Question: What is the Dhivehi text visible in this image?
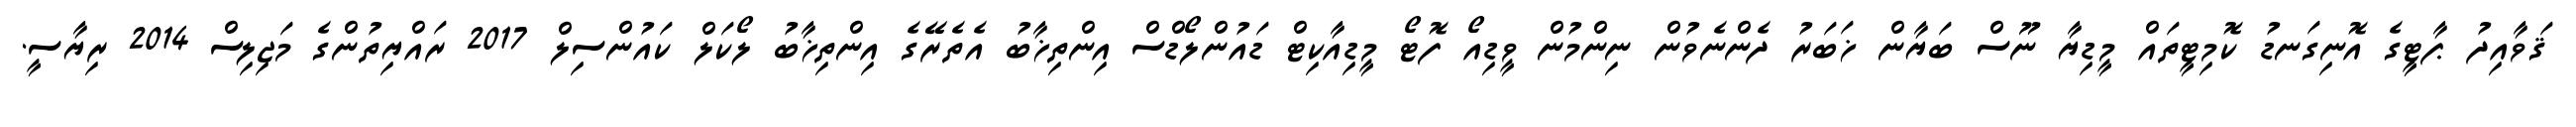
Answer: ޤަވާއިދު ޕާޓީގެ އޮނިގަނޑު ކޮމިޓީތައް މީޑިޔާ ނޫސް ބަޔާން ޚަބަރު ދެންނެވުން ނިންމުން ވީޑިއޯ ފޮޓޯ މީޑިއާކިޓް ޑައުންލޯޑްސް އިންތިޚާބު އެތެރޭގެ އިންތިޚާބު ލޯކަލް ކައުންސިލް 2017 ރައްޔިތުންގެ މަޖިލިސް 2014 ރިޔާސީ.